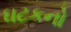
ઘટકનો